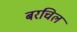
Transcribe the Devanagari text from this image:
बरचिल